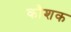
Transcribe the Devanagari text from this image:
कौशक